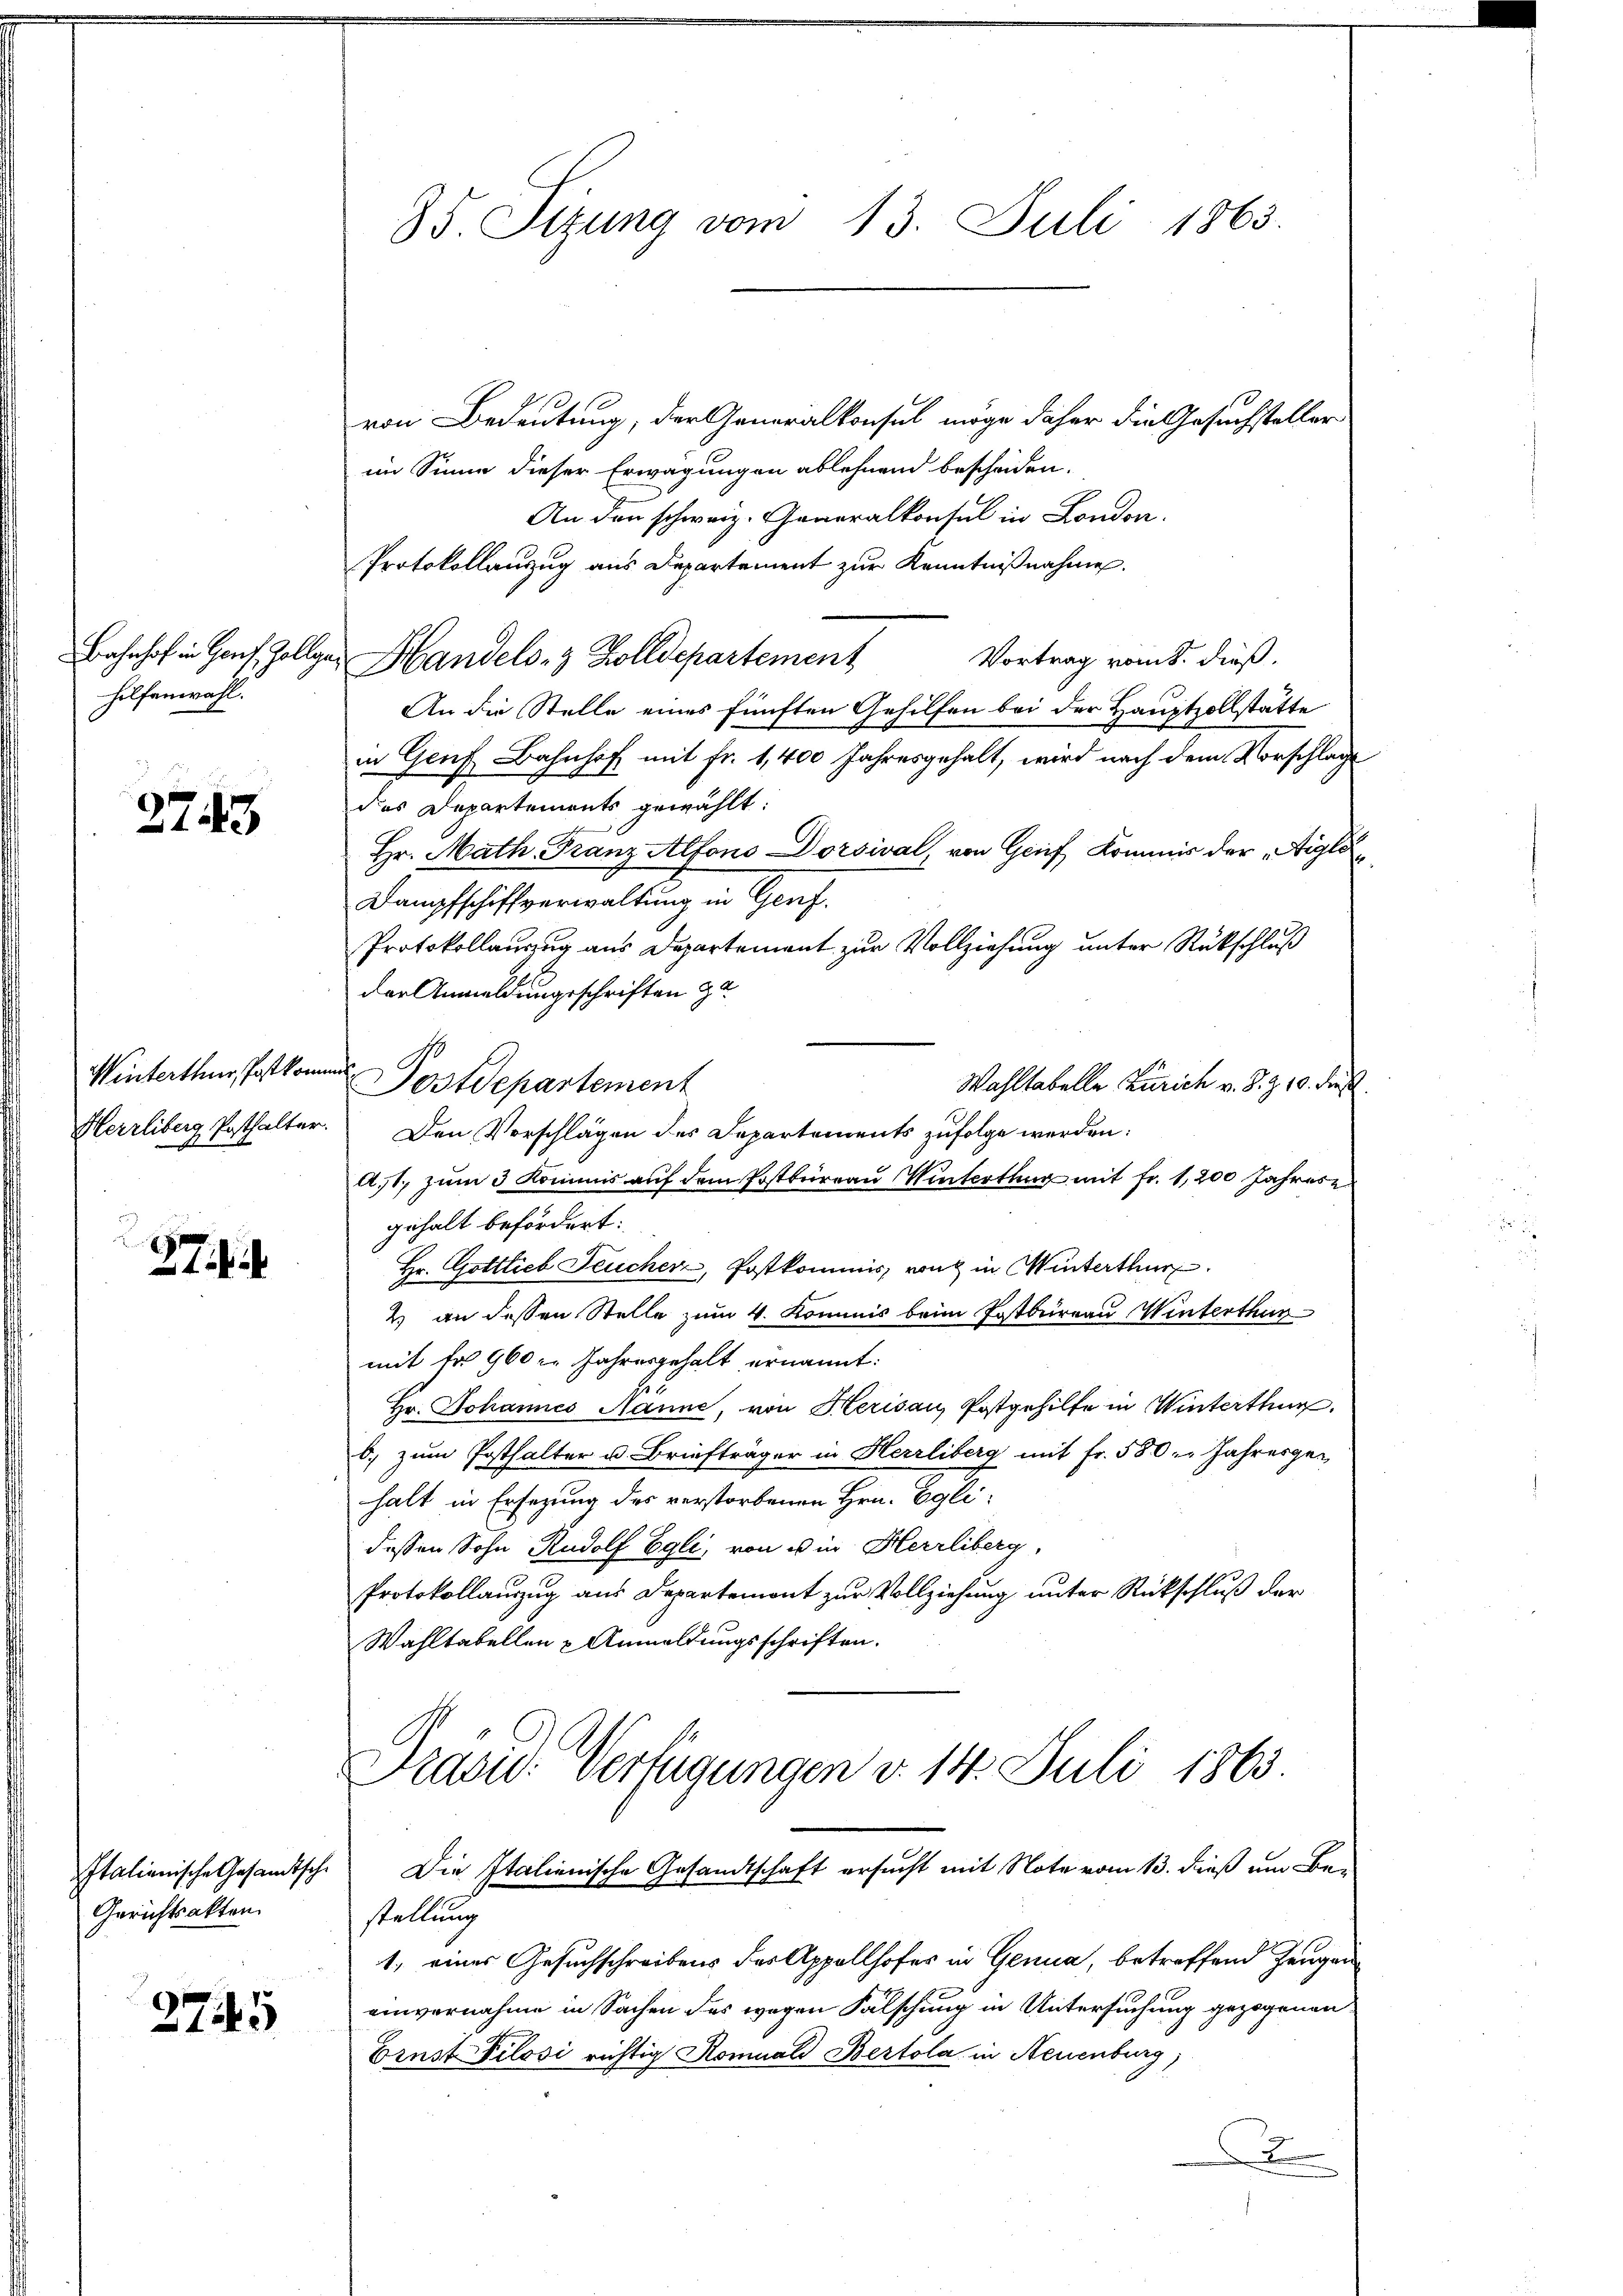
hilfenwahl.

2743

Winterthur, Post kommt.

2
27 f. 4

Gerichtsakten.

2745

von Bedeutung, der Generalkonsul möge daher die Gesuchsteller
im Sinne dieser Erwägungen ablehnend bescheiden.
An den schweiz. Generalkonsul in London.
Protokollanzug aus Departement zur Kenntnißnahmen.
Bahnhof in Genf, Zollges Handels- & Zolldepartement
Vortrag vom 8. dieß.
An die Stelle eines fünften Gehilfen bei der Hauptzollstätte
in Genf Bahnhof mit fr. 1,400 Jahresgehalt, wird nach dem Vorschläge
das Departements gewählt:
Hr. Math. Franz Alfons Dorsival, von Gruf Kommis der „Aigle¬
Dampfschiffverwaltung in Genf.
Protokollauszug aus Departement zur Vollziehung unter Rückschluß
der Anmeldungsschriften zu
Wahltabelle Zürich v. J. Z. 10. dieß.
Herrliberg Posthalter. Den Vorschlägen des Departements zufolge werden:
A,1. zum 3 Kommis auf dem Postbüreau Winterthur mit Fr. 1,200 Jahrese
gehalt befördert:
Hr. Gottlieb Feucher, Postkommis, von in Winterthur
2) an dessen Stelle zum 4. Kommis beim Postbureau Winterthur
mit fr. 960 l. Jahresgehalt ernannt:
Hr. Johannes Manne, von Herisau, Postgehilfe in Winterthur.
b., zum Posthalter u. Briefträger in Herrliberg mit fr. 580. Jahresgehalt in Ersezung des verstorbenen Hrn. Eglidessen Sohn Rudolf Egli, von u in Herrliberg,
Protokollauszug aus Departemont zur Vollziehung unter Rückschluß der
Wahltabellen u Anmeldungsschriften.
Frau. Verfügungen v. 14. Juli 1863.
Italienische Gesamtsch. Die Italienische Gesandtschaft ersucht mit Note vom 13. dieß um Bestellung
1, eines Gesuchschreibens der Appellhofes in Genua, betreffend Zeugen
einvernahme in Sachen des wegen Falschung in Untersuchung gezogenen
Ernst Pilosi richtig Komuald Bertola in Neuenburg)

35. Sizung vom 13. Juli 1863.

Postdepartement